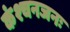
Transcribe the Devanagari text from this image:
कंश्चनजनः